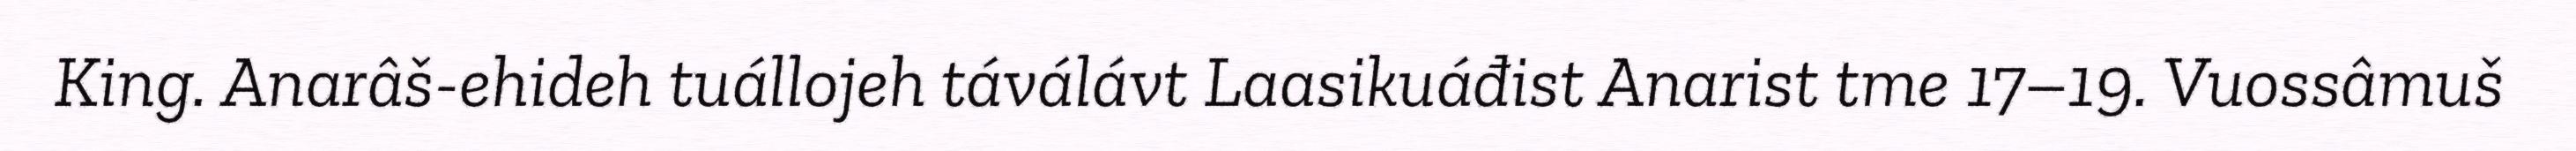
King. Anarâš-ehideh tuállojeh táválávt Laasikuáđist Anarist tme 17–19. Vuossâmuš